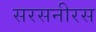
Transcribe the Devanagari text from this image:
सरसनीरस